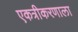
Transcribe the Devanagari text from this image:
एकत्रीकरणाला